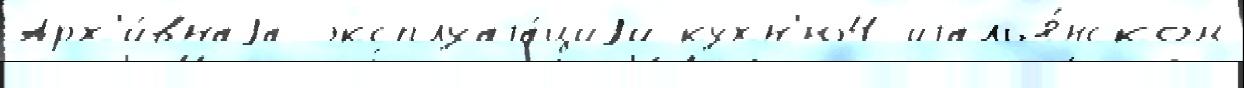
Арх'и́внаjа эксплуата́циjи кухн'ю4 италья́нском